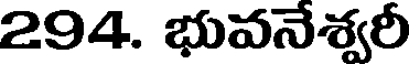
294. భువనేశ్వరీ